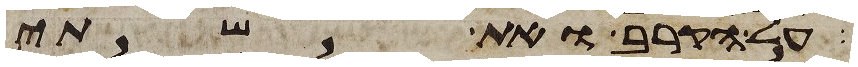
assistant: על הקרב ואת שתי